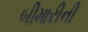
બીમારીની